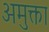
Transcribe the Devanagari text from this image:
अमुक्ता